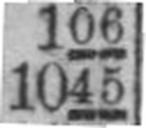
1045